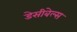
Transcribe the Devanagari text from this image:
डेसीबेल्स